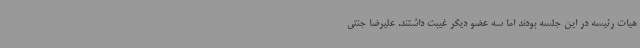
هیات رئیسه در این جلسه بودند اما سه عضو دیگر غیبت داشتند. علیرضا جنتی